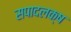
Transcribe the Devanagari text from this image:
सपादलक्ष